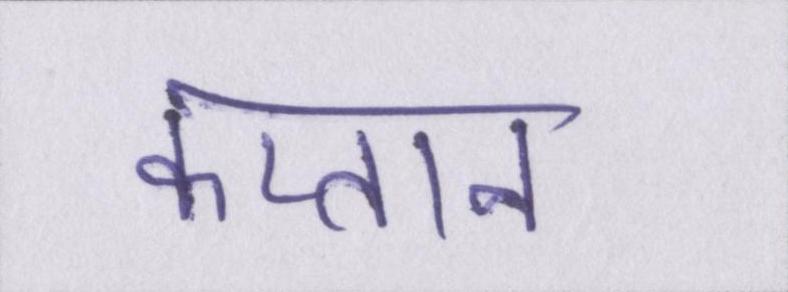
कप्तान